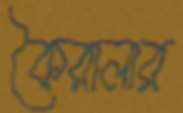
কৈরালার